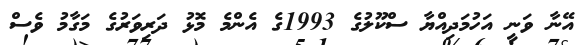
އޭނާ ވަނީ އަހުމަދިއްޔާ ސްކޫލުގެ 1993ގެ އެންމެ މޮޅު ދަރިވަރުގެ މަގާމު ވެސް